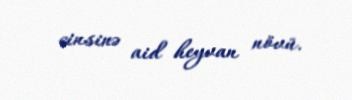
cinsinə aid heyvan növü.